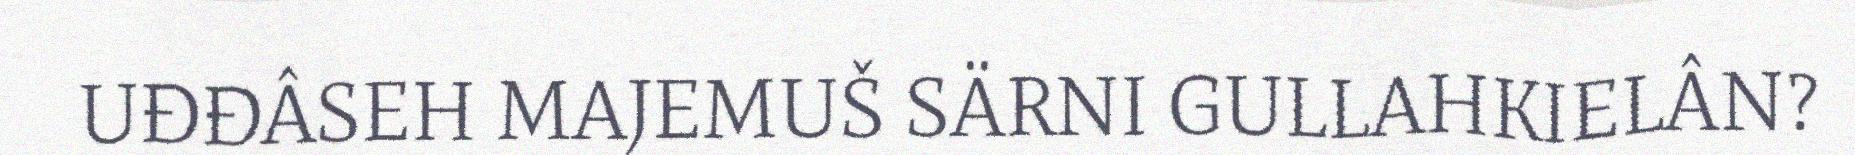
UĐĐÂSEH MAJEMUŠ SÄRNI GULLAHKIELÂN?